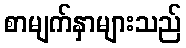
စာမျက်နှာများသည်